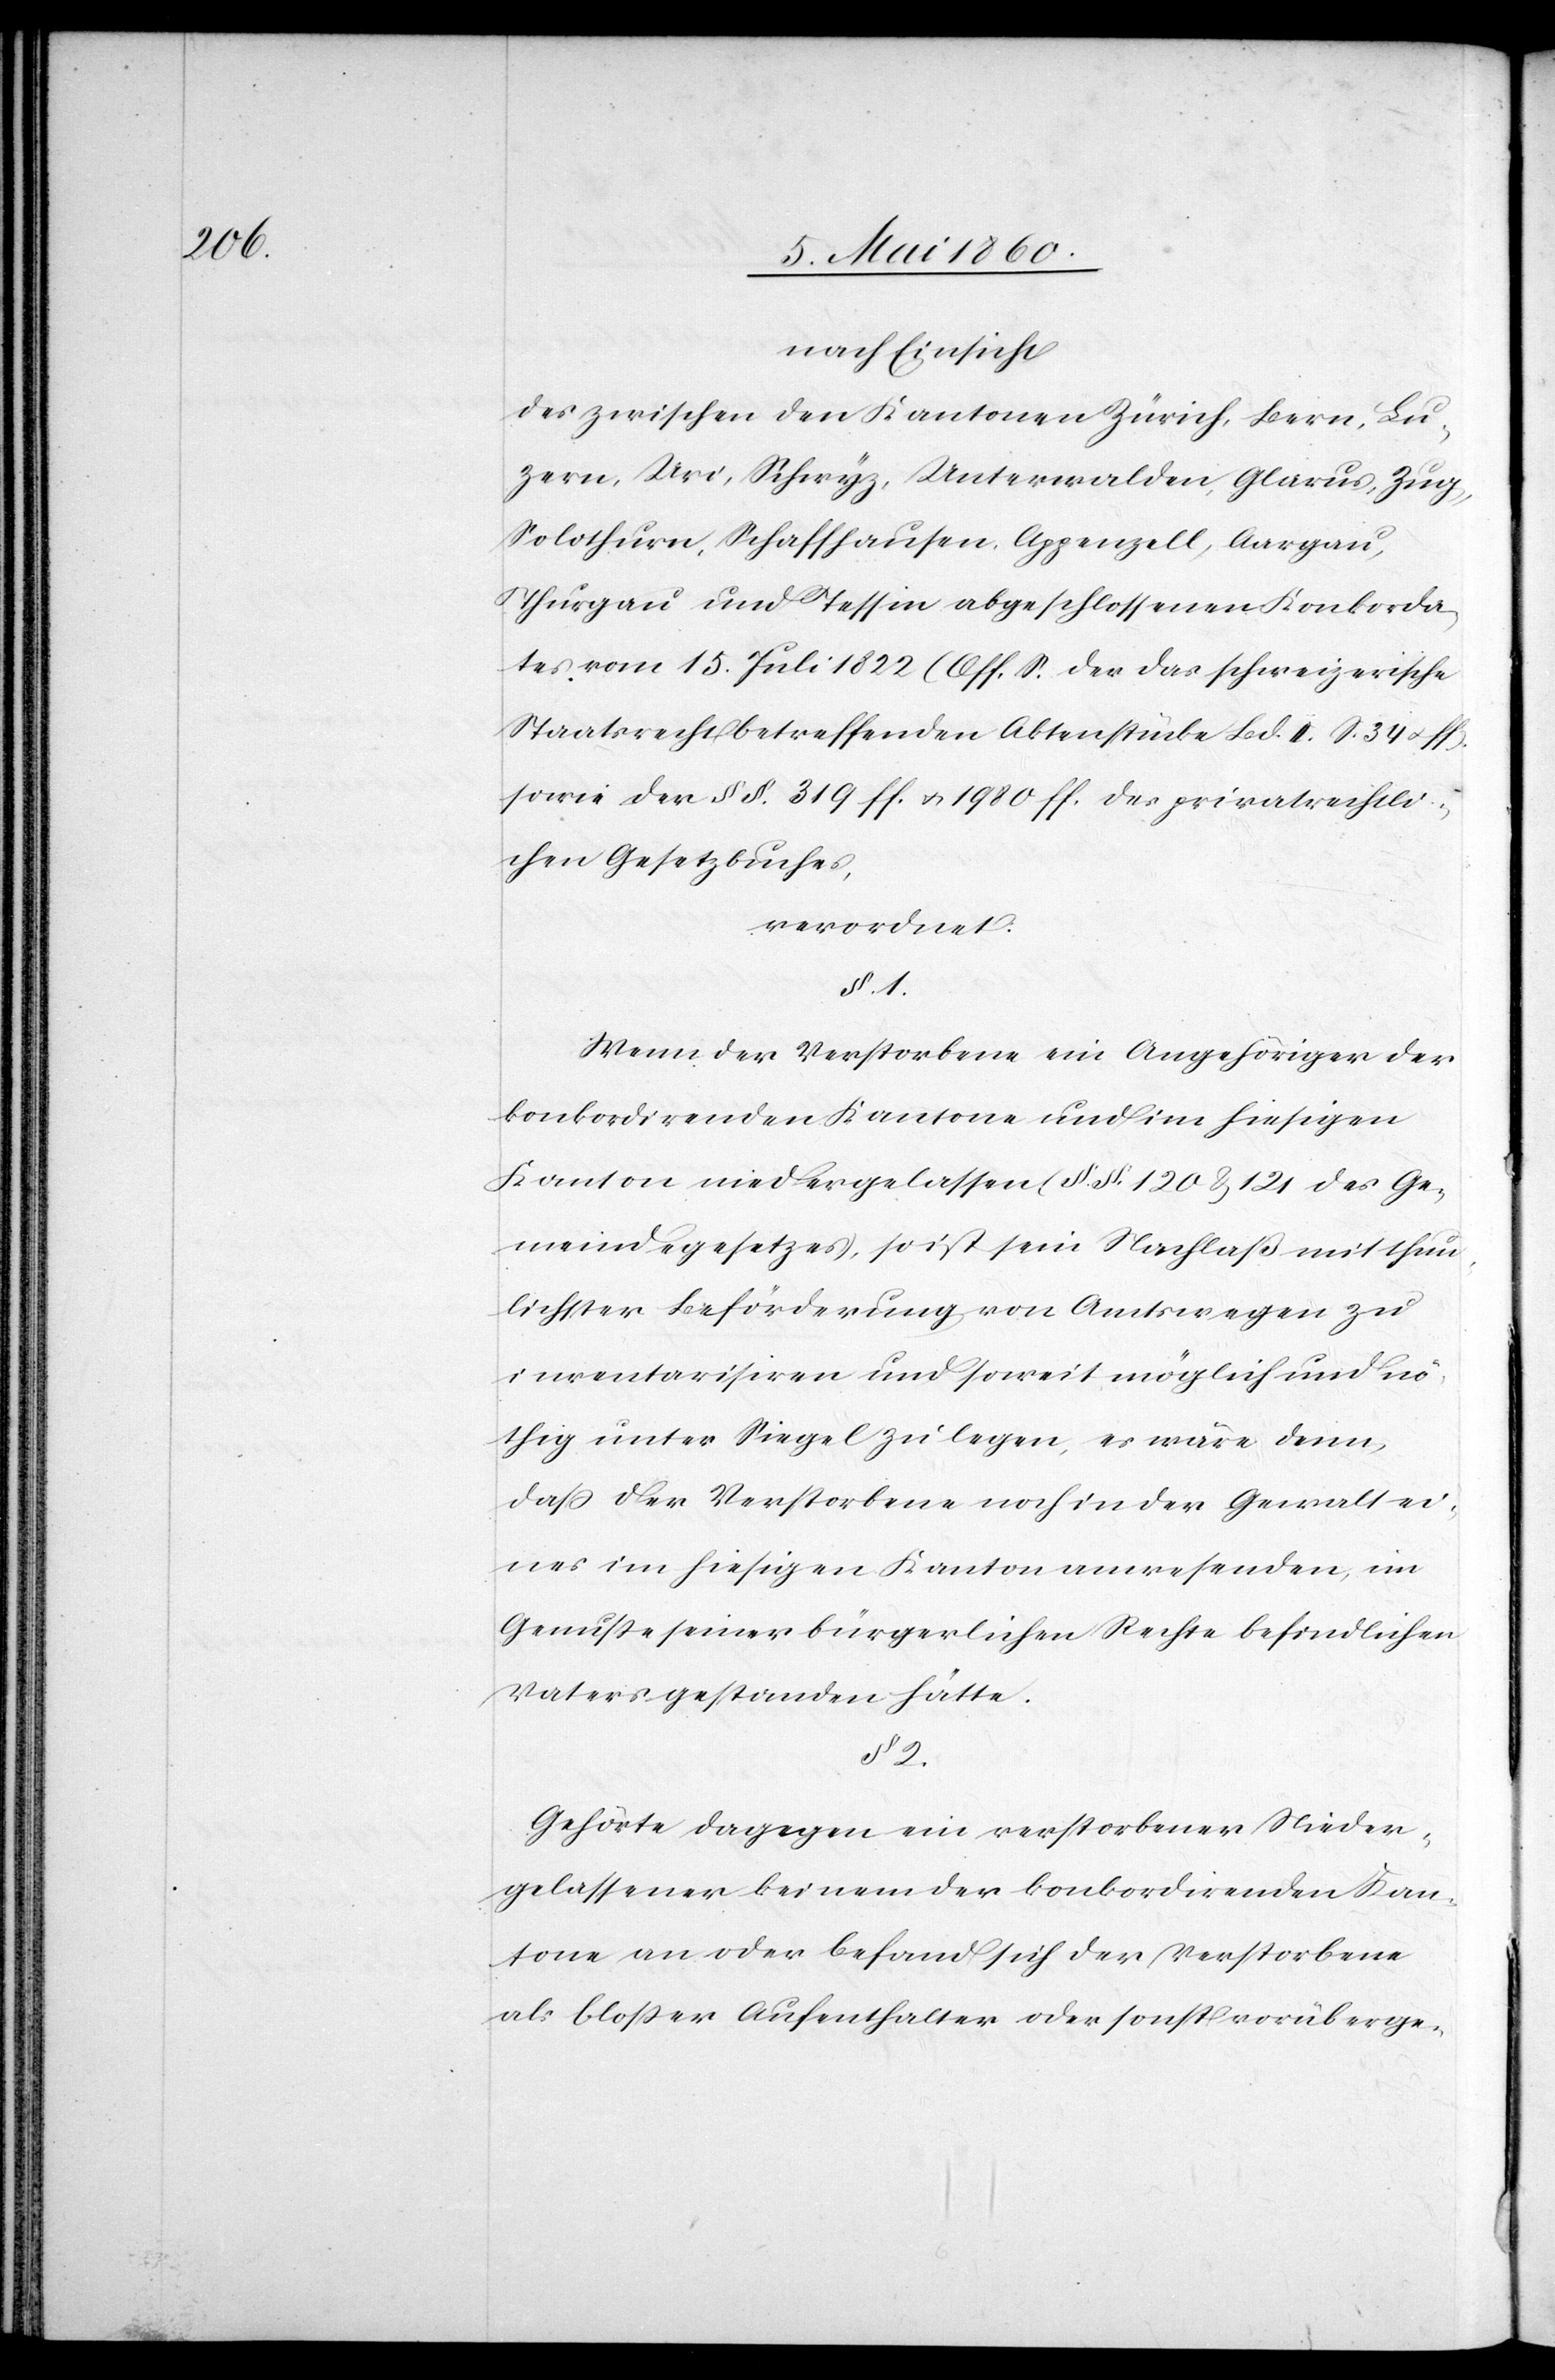
nach Einsicht
des zwischen den Kantonen Zürich, Bern, Lu¬
zern, Uri, Schwyz, Unterwalden, Glarus, Zug,
Solothurn, Schaffhausen, Appenzell, Aargau,
Thurgau und Tessin abgeschlossenen Konkorda¬
tes vom 15. Juli 1822 (Off. S. der das schweizerische
Staatsrecht betreffenden Aktenstücke Bd. II. S. 34. u. ff.)
sowie der §§. 319 ff u. 1980 ff. des privatrechtli¬
chen Gesetzbuches,
verordnet.
§. 1.
Wenn der Verstorbene ein Angehöriger der
konkordirenden Kantone und im hiesigen
Kanton niedergelassen (§.§. 120 u. 121 des Ge¬
meindegesetzes), so ist sein Nachlaß mit thun¬
lichster Beförderung von Amtswegen zu
inventarisiren und soweit möglich und nö¬
thig unter Siegel zu legen, es wäre denn,
dass der Verstorbene noch in der Gewalt ei¬
nes im hiesigen Kanton anwesenden, im
Genusse seiner bürgerlichen Rechte befindlichen
Vaters gestanden hätte.
§. 2.
Gehörte dagegen ein Verstorbener Nieder¬
gelassener keinem der konkordirenden Kan¬
tone an oder befand sich der Verstorbene
als blosser Aufenthalter oder sonst vorüberge-